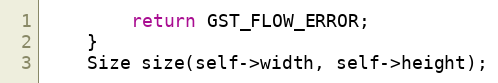
Language: C++
        return GST_FLOW_ERROR;
    }
    Size size(self->width, self->height);